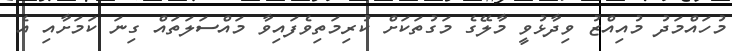
މުހައްމަދު މުއިއްޒު ވިދާޅުވީ މާލޭގެ މަގުތަކަށް ކުރިމަތިވެފައިވާ މައްސަލަތައް ގިނަ ކަމަށާއި އެ